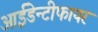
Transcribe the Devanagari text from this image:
आईडेन्टीफायर